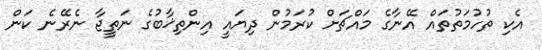
އެކި ތުހުމަތުތައް އޭނާގެ މައްޗަށް ކުރަމުން ދިޔައީ އިންތިޚާބުގެ ނަތީޖާ ނެރޭނެ ކަން